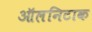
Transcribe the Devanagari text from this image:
ऑलनिटाक